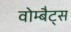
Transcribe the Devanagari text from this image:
वोम्बैट्स